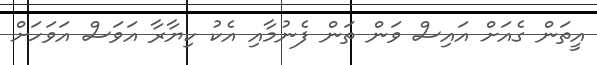
އީތަން ގެއަށް އައިސް ވަން ތަން ފެނުމާއި އެކު ކިޔާރާ އަވަސް އަވަހަށް